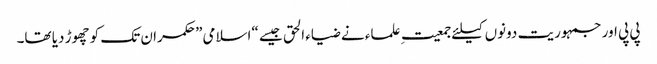
پی پی اور جمہوریت دونوں کیلئے جمعیتِ علماء نے ضیاء الحق جیسے “اسلامی” حکمران تک کو چھوڑ دیا تھا۔